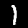
Label: 1